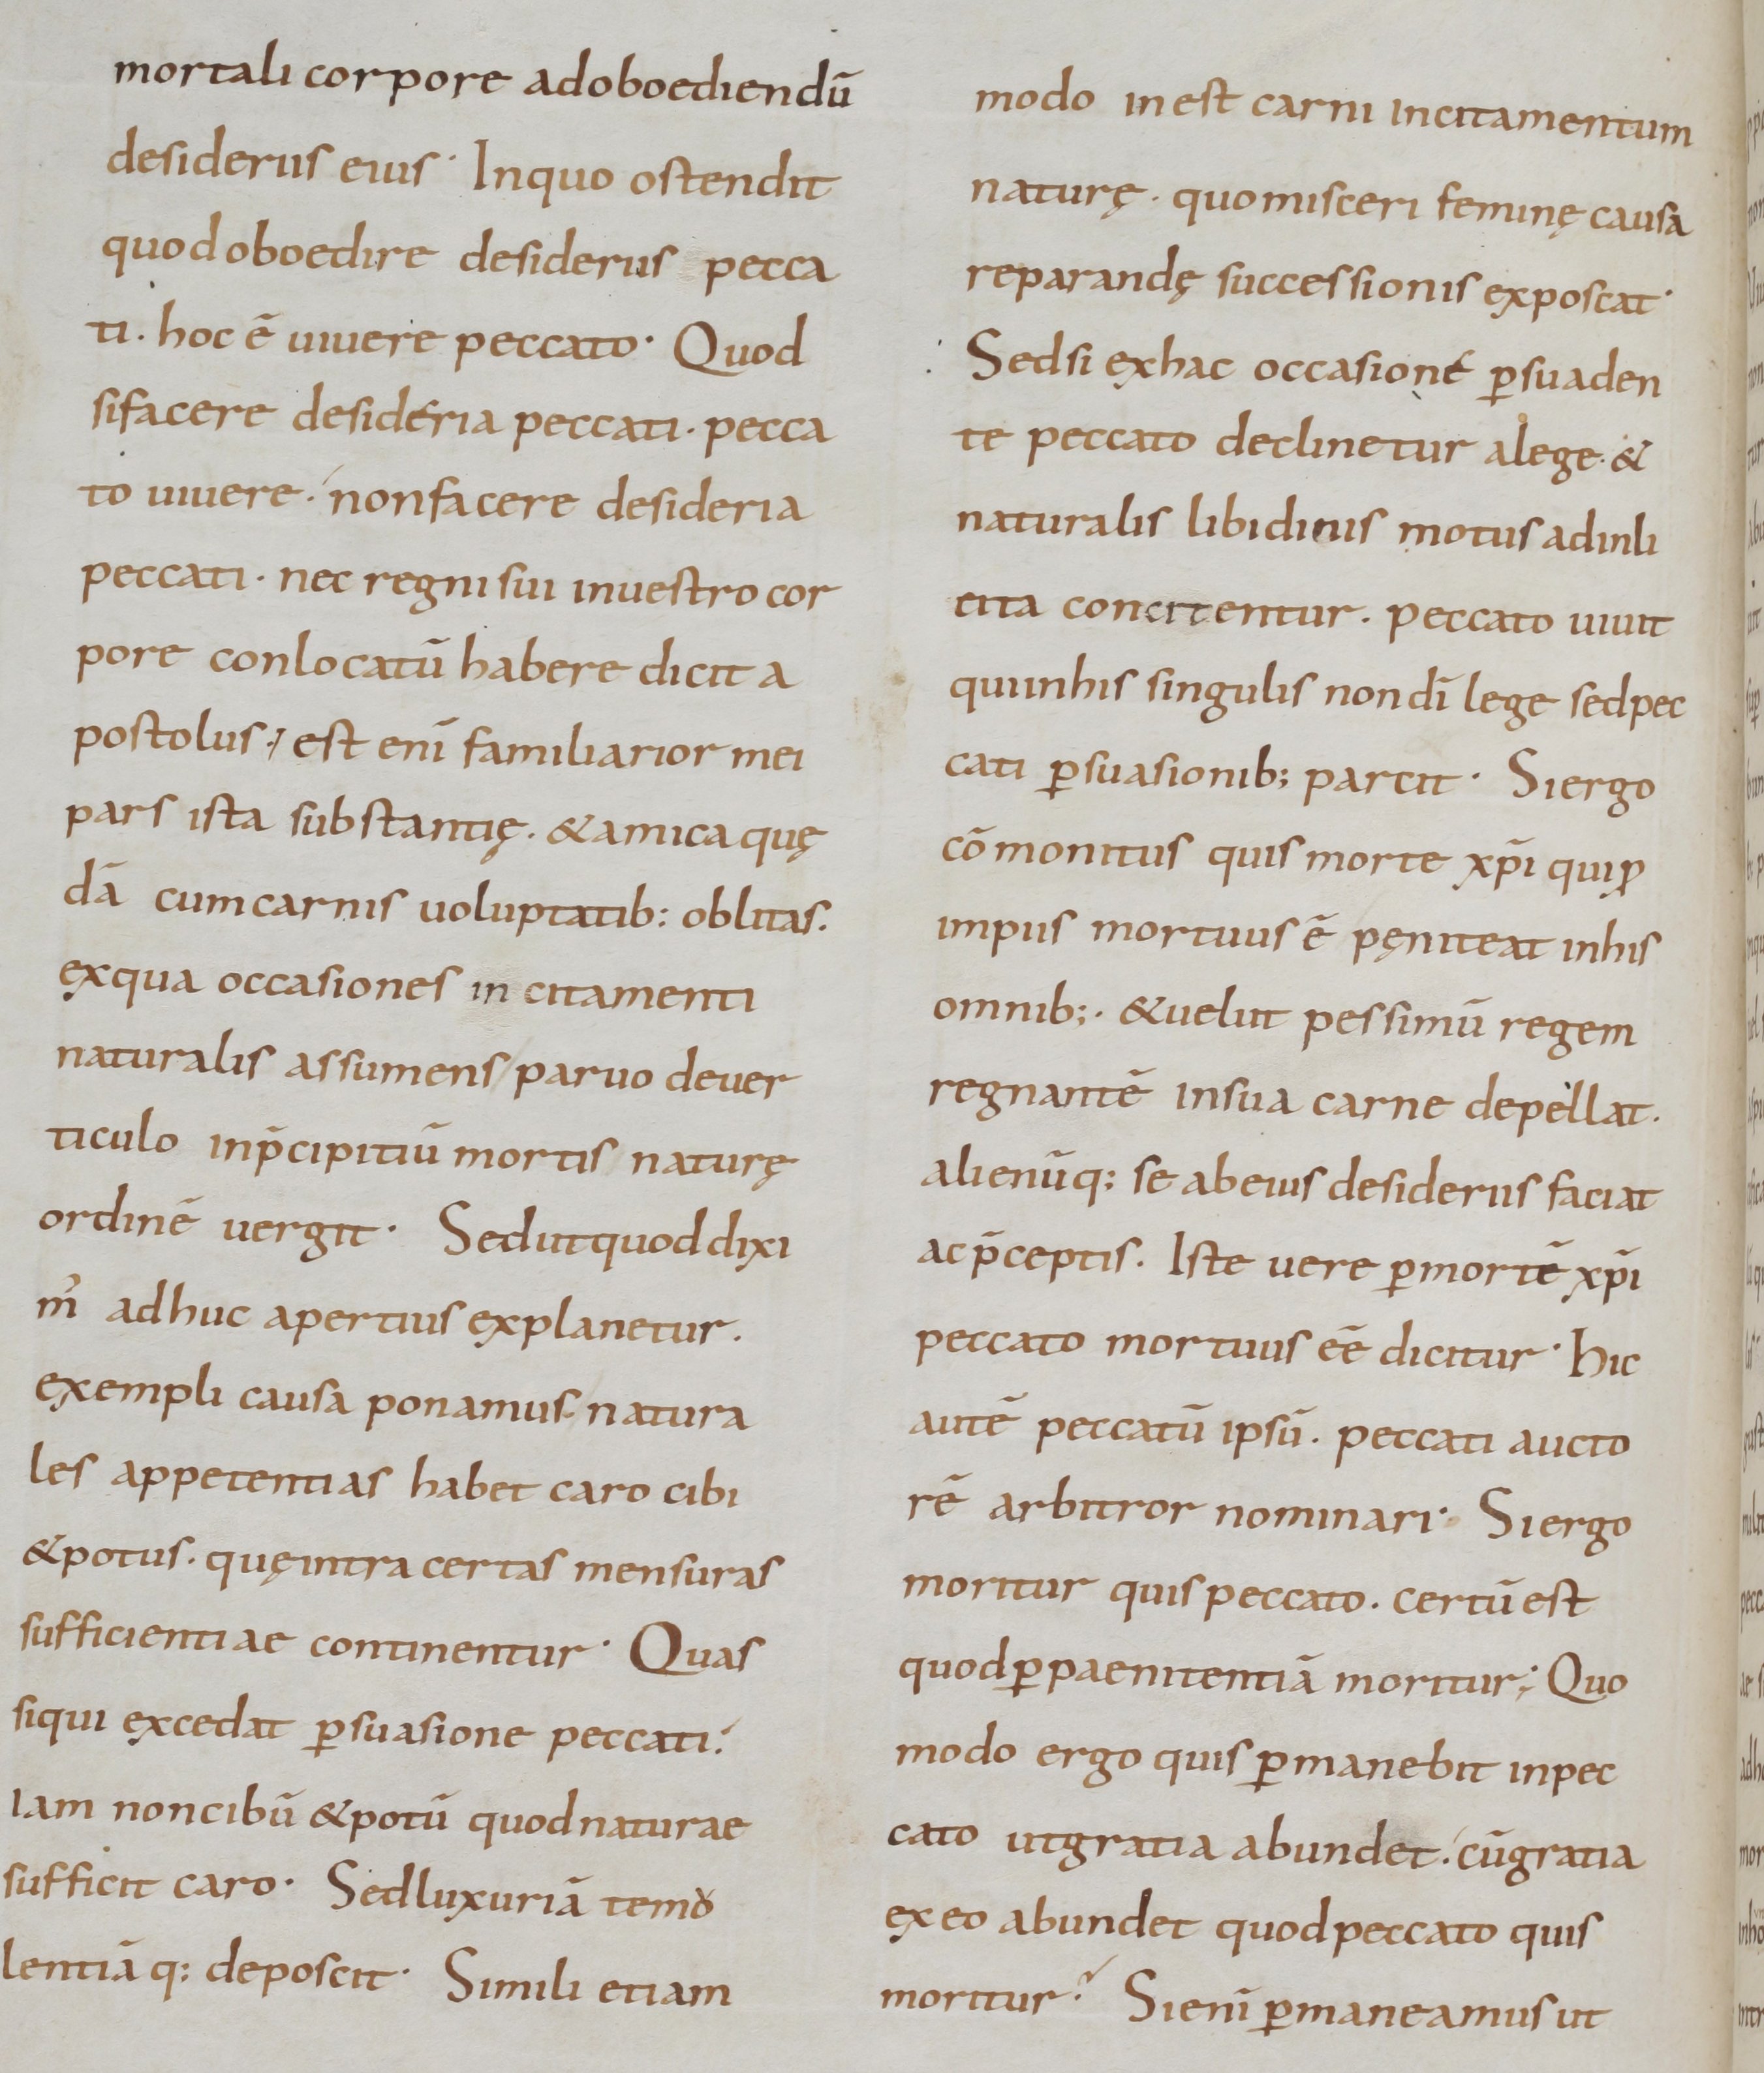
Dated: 800–899